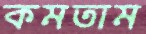
কমতাম